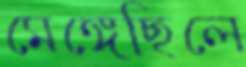
মেঙ্গেছিলে